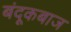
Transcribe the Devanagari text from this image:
बंदूकबाज